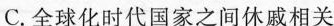
C.全球化时代国家之间休戚相关